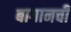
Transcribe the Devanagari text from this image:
बागानची